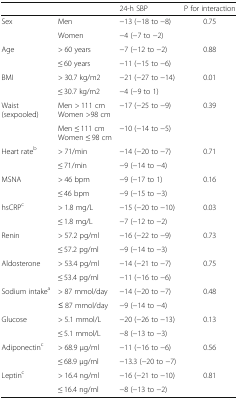
|  |  | 24-h SBP | P for interaction |
 | --- | --- | --- | --- |
 | <ROWSPAN=2> Sex | Men | −13 (−18 to −8) | <ROWSPAN=2> 0.75 |
 | Women | −4 (−7 to −2) |
 | <ROWSPAN=2> Age | > 60 years | −7 (−12 to −2) | <ROWSPAN=2> 0.88 |
 | ≤ 60 years | −11 (−15 to −6) |
 | <ROWSPAN=2> BMI | > 30.7 kg/m2 | −21 (−27 to −14) | <ROWSPAN=2> 0.01 |
 | ≤ 30.7 kg/m2 | −4 (−9 to 1) |
 | <ROWSPAN=2> Waist (sexpooled) | Men > 111 cmWomen >98 cm | −17 (−25 to −9) | <ROWSPAN=2> 0.39 |
 | Men ≤ 111 cmWomen ≤ 98 cm | −10 (−14 to −5) |
 | <ROWSPAN=2> Heart rateb | > 71/min | −14 (−20 to −7) | <ROWSPAN=2> 0.71 |
 | ≤ 71/min | −9 (−14 to −4) |
 | <ROWSPAN=2> MSNA | > 46 bpm | −9 (−17 to 1) | <ROWSPAN=2> 0.16 |
 | ≤ 46 bpm | −9 (−15 to −3) |
 | <ROWSPAN=2> hsCRPc | > 1.8 mg/L | −15 (−20 to −10) | <ROWSPAN=2> 0.03 |
 | ≤ 1.8 mg/L | −7 (−12 to −2) |
 | <ROWSPAN=2> Renin | > 57.2 pg/ml | −16 (−22 to −9) | <ROWSPAN=2> 0.73 |
 | ≤ 57.2 pg/ml | −9 (−14 to −3) |
 | <ROWSPAN=2> Aldosterone | > 53.4 pg/ml | −14 (−21 to −7) | <ROWSPAN=2> 0.75 |
 | ≤ 53.4 pg/ml | −11 (−16 to −6) |
 | <ROWSPAN=2> Sodium intakea | > 87 mmol/day | −14 (−20 to −7) | <ROWSPAN=2> 0.48 |
 | ≤ 87 mmol/day | −9 (−14 to −4) |
 | <ROWSPAN=2> Glucose | > 5.1 mmol/L | −20 (−26 to −13) | <ROWSPAN=2> 0.13 |
 | ≤ 5.1 mmol/L | −8 (−13 to −3) |
 | <ROWSPAN=2> Adiponectinc | > 68.9 μg/ml | −11 (−16 to −6) | <ROWSPAN=2> 0.56 |
 | ≤ 68.9 μg/ml | −13.3 (−20 to −7) |
 | <ROWSPAN=2> Leptinc | > 16.4 ng/ml | −16 (−21 to −10) | <ROWSPAN=2> 0.81 |
 | ≤ 16.4 ng/ml | −8 (−13 to −2) |